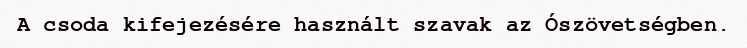
A csoda kifejezésére használt szavak az Ószövetségben.